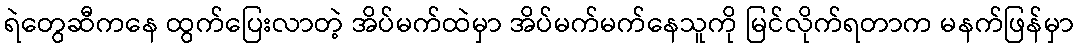
ရဲတွေဆီကနေ ထွက်ပြေးလာတဲ့ အိပ်မက်ထဲမှာ အိပ်မက်မက်နေသူကို မြင်လိုက်ရတာက မနက်ဖြန်မှာ